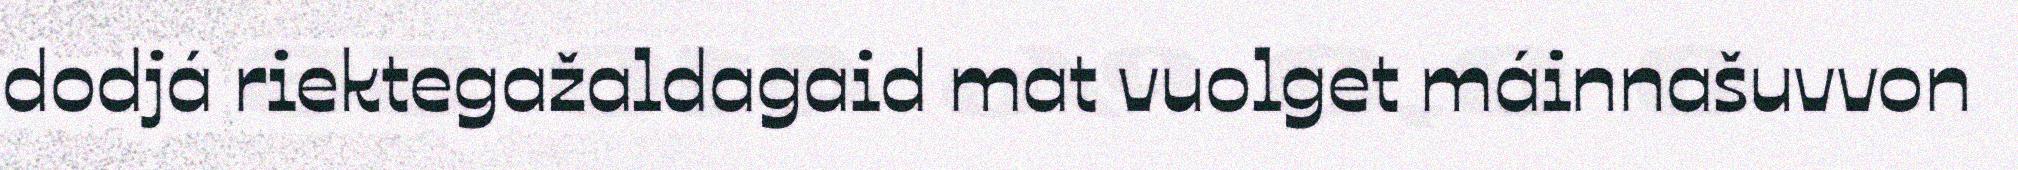
dodjá riektegažaldagaid mat vuolget máinnašuvvon